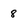
Character: 8